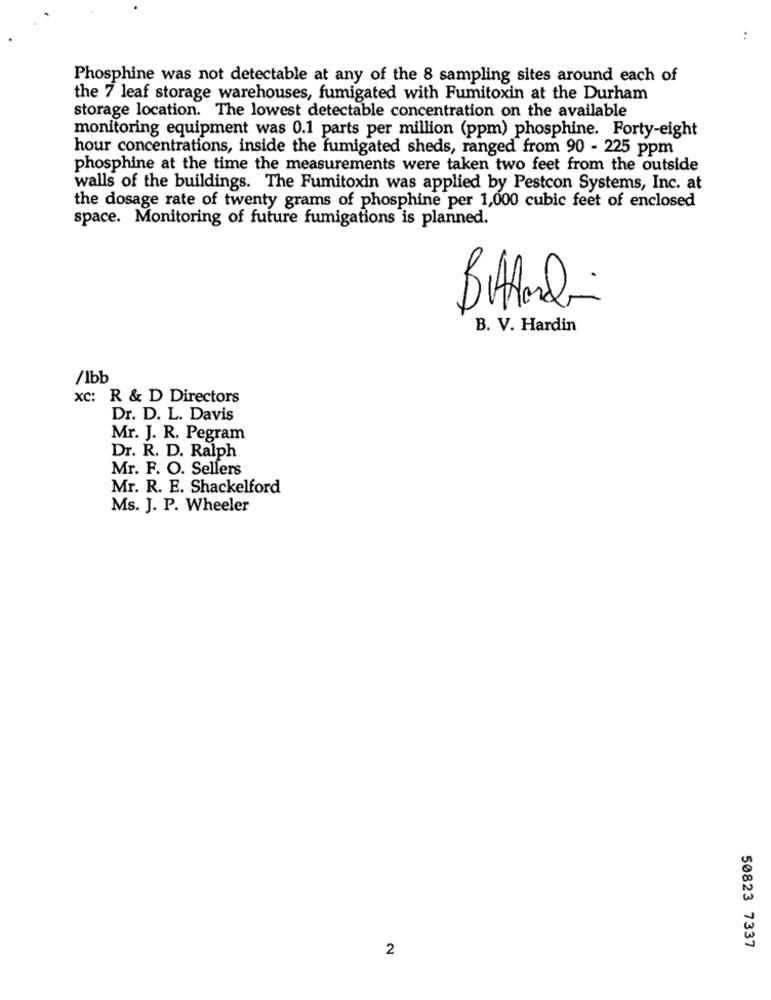
..
Phosphine was not detectable at any of the 8 sampling sites around each of
the 7 leaf storage warehouses, fumigated with Fumitoxin at the Durham
storage location. The lowest detectable concentration on the available
monitoring equipment was 0.1 parts per million (ppm) phosphine. Forty-eight
hour concentrations, inside the fumigated sheds, ranged from 90 - 225 ppm
phosphine at the time the measurements were taken two feet from the outside
walls of the buildings. The Fumitoxin was applied by Pestcon Systems, Inc. at
the dosage rate of twenty grams of phosphine per 1,000 cubic feet of enclosed
space. Monitoring of future fumigations is planned.
Button
B. V. Hardin
/Ibb
xc: R & D Directors
Dr. D. L. Davis
Mr. J. R. Pegram
Dr. R. D. Ralph
Mr. F. O. Sellers
Mr. R. E. Shackelford
Ms. J. P. Wheeler
2
50823 7337